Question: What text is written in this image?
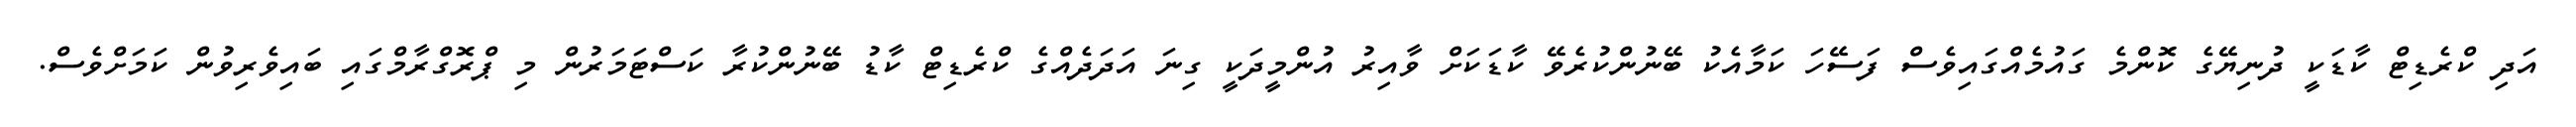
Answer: އަދި ކްރެޑިޓް ކާޑަކީ ދުނިޔޭގެ ކޮންމެ ގައުމެއްގައިވެސް ފަސޭހަ ކަމާއެކު ބޭނުންކުރެވޭ ކާޑަކަށް ވާއިރު އުންމީދަކީ ގިނަ އަދަދެއްގެ ކްރެޑިޓް ކާޑު ބޭނުންކުރާ ކަސްޓަމަރުން މި ޕްރޮގްރާމްގައި ބައިވެރިވުން ކަމަށްވެސް.